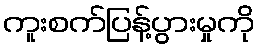
ကူးစက်ပြန့်ပွားမှုကို